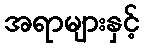
အရာများနှင့်